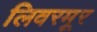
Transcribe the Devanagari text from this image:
लिवरमूर